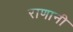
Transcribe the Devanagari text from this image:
राणानी